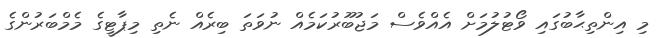
މި އިންތިޙާބުގައި ވޯޓުލުމަށް އެއްވެސް މަޖުބޫރުކަމެއް ނުވަތަ ބިރެއް ނެތި މިޕާޓީގެ މެމްބަރުންގެ